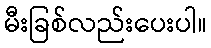
မီးခြစ်လည်းပေးပါ။